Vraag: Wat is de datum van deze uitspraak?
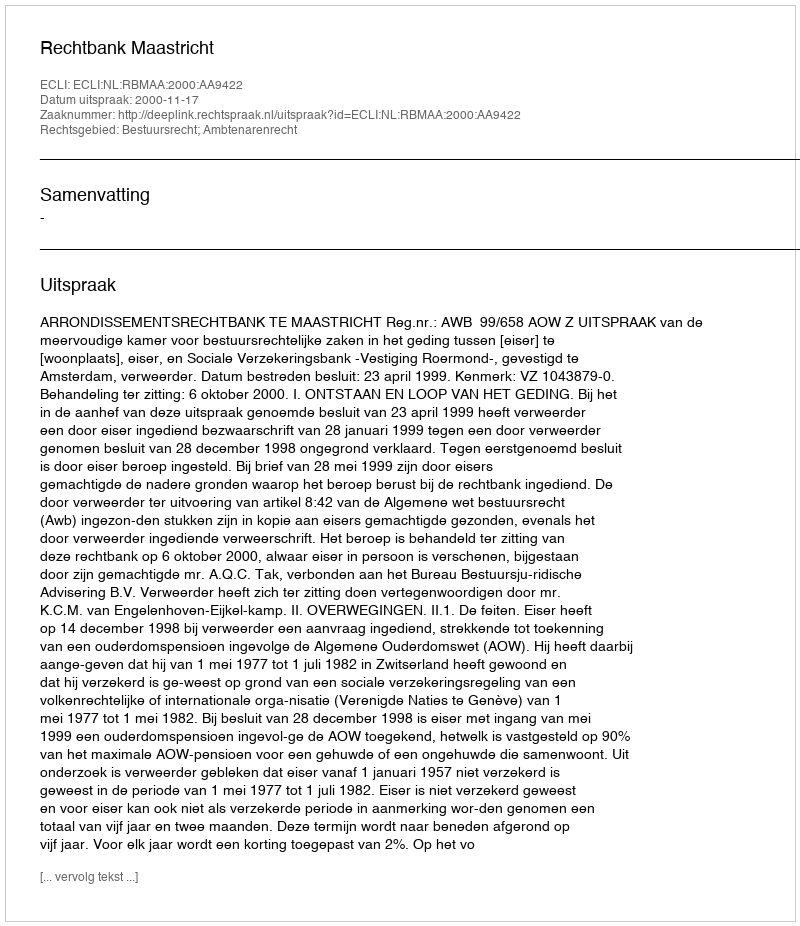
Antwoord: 2000-11-17